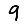
Digit: 9